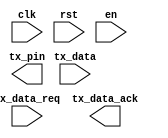
module uart_tx_controller (
	clk, rst, en,
	tx_data_req, tx_data, tx_data_ack,
	tx_pin 
);
	parameter BAUD_RATE = 9600;
	
	input clk, rst, en;
	
	input tx_data_req;
	input [7:0] tx_data;
	output tx_data_ack;
	
	output tx_pin;
endmodule